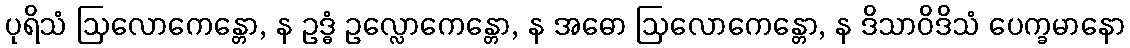
ပုရိသံ ဩလောကေန္တော, န ဥဒ္ဓံ ဥလ္လောကေန္တော, န အဓော ဩလောကေန္တော, န ဒိသာဝိဒိသံ ပေက္ခမာနော